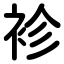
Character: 袗